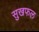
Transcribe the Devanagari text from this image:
सुखफल